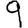
Digit: 9